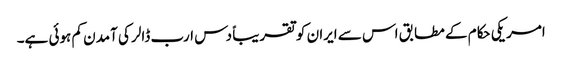
امریکی حکام کے مطابق اس سے ایران کو تقریباً دس ارب ڈالر کی آمدن کم ہوئی ہے۔